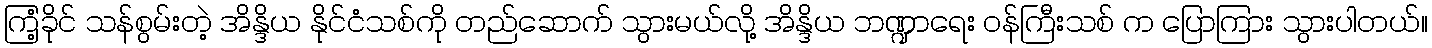
ကြံ့ခိုင် သန်စွမ်းတဲ့ အိန္ဒိယ နိုင်ငံသစ်ကို တည်ဆောက် သွားမယ်လို့ အိန္ဒိယ ဘဏ္ဍာရေး ဝန်ကြီးသစ် က ပြောကြား သွားပါတယ်။